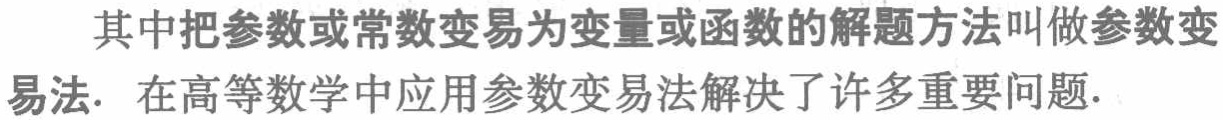
其中把参数或常数变易为变量或函数的解题方法叫做参数变易法. 在高等数学中应用参数变易法解决了许多重要问题.